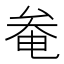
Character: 奙